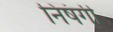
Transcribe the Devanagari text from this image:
निषंगी